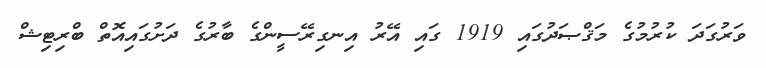
ވަރުގަދަ ކުރުމުގެ މަޤްޞަދުގައި 1919 ގައި އޭރު އިނގިރޭސީންގެ ބާރުގެ ދަށުގައިއޮތް ބްރިޓިޝް